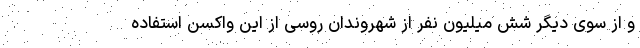
و از سوی دیگر شش میلیون نفر از شهروندان روسی از این واکسن استفاده